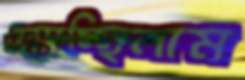
ওস্‌কাচ্ছিলাম